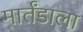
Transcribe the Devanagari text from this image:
मार्तंडाला